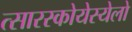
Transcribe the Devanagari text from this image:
त्सारस्कोयेस्येलो